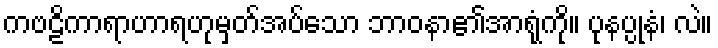
ကဗဠိကာရာဟာရဟုမှတ်အပ်သော ဘာဝနာ၏အာရုံကို။ ပုနပ္ပုနံ၊ လဲ။